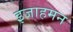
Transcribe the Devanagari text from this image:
इजाहमन